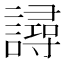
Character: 𧫿